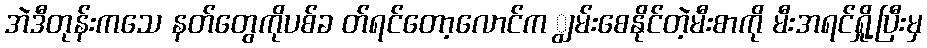
အဲဒီတုန်းကသေ နတ်တွေကိုပစ်ခ တ်ရင်တော့လောင်က ျွမ်းစေနိုင်တဲ့မီးစာကို မီးအရင်ရှို့ပြီးမှ